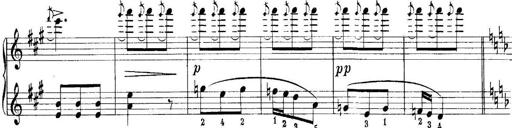
Title: Quatres sonatines
Composer: Tadeusz Joteyko